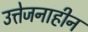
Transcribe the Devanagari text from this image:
उत्तेजनाहीन